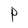
Character: P